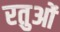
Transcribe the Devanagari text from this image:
रतुओं